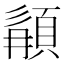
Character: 䫇